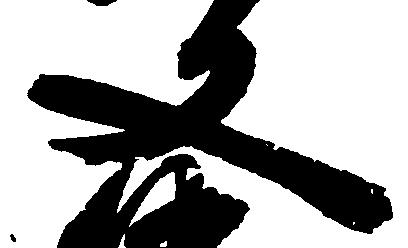
又